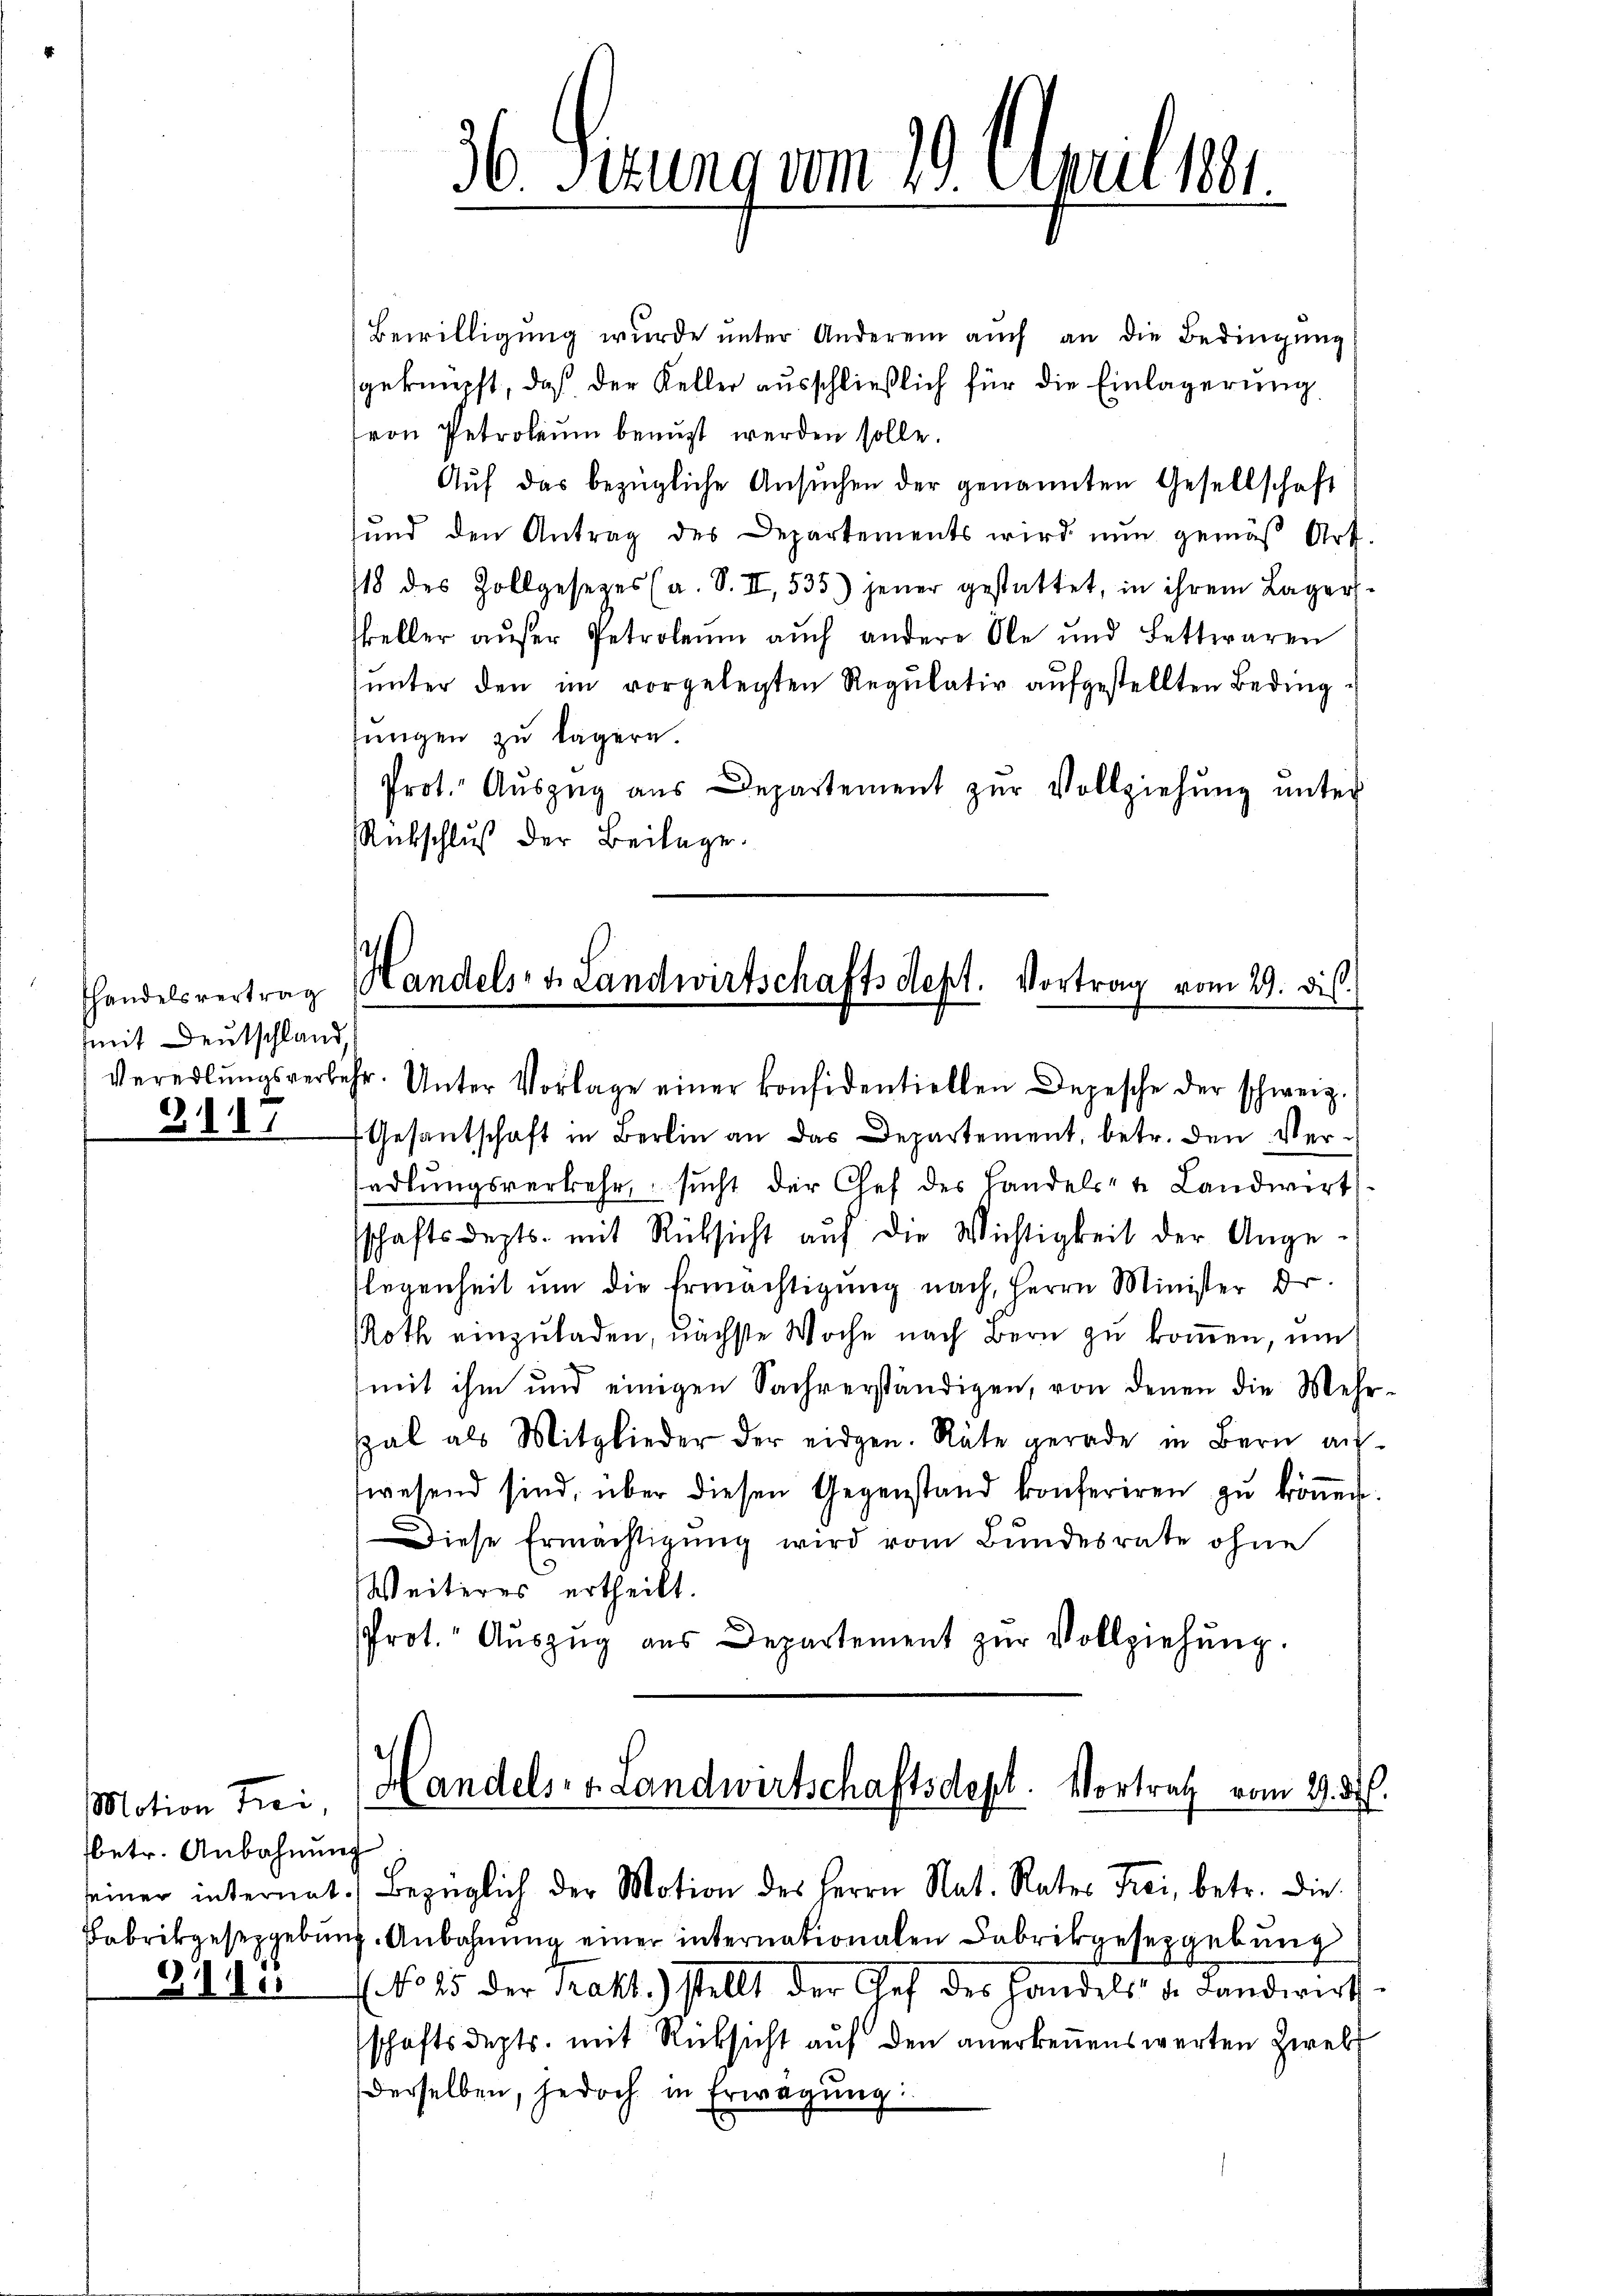
mit Deutschland,
2117

Motion Frei,
betr. Anbahnung

Bewilligung wurde unter Anderem auch an die Bedingung
geknüpft, daß der Keller ausschließlich für die Einlagerung
von Petroleum benuzt werden solle.
Auf das bezügliche Ansuchen der genannten Gesellschaft
und den Antrag des Departements wird nun gemäß Art.
18 des Zollgesetzes (a. S. II, 535) jener gestattet, in ihrem Lager-
keller auser Petroleum auch andere Ole und Lettwaren
unter den im vorgelegten Regulativ aufgestellten Bedinglungen zu lägern.
Prot. Aŭszŭg aŭs Departement zŭr Vollziehŭng ŭnter
Rübschluß der Beilage.
handelsvertrag Handels v. Landwirtschafts Sept. Vortrag vom 29. Dis

36. Ferung vom 29. April 189.

Vereilŭngsverkehr. Unter Vorlage einer konfidentiellen Depesche der schweiz.

Gesantschaft in Berlin an das Departement, betr. den Ver-
hadlŭngsverkehr sucht der Chef des Landels- u Landwirt
sschaftsdepts. mit Rücksicht aŭf die Wichtigkeit der Ange-
flegenheit ŭm die Ermächtigung nach, Herrn Minister dr.
Roth einzuladen, nächste Woche nach Bern zu kommen, um
mit ihm und einigen Sachverständigen, von denen die Mehrspal als Mitglieder der eidgen. Räte gerade in Bern auf-
wesend sind, über diesen Gegenstand konferiren zŭ köṅen.
Diese Ermächtigung wird vom Bundesrate ohne
Weiteres ertheilt.
Prot. Aŭszŭg aŭs Departement zŭr Vollziehŭng.

Handels- u. Landwirtschaftsdept. Vortrag vom 9. d.

seiner internat. Bezüglich der Motion des Herrn Nat. Rates Frei, betr. die
Fabrikgesezgebung. Anbahnung einer internationalen Fabrikgesezgebung
No 15 der Prakt.) stellt der Chef des Handels- u. Landwirt-
schaftsdepts. mit Rücksicht auf den anerkennenswerten Zweif
derselben, jedoch in Erwägŭng: